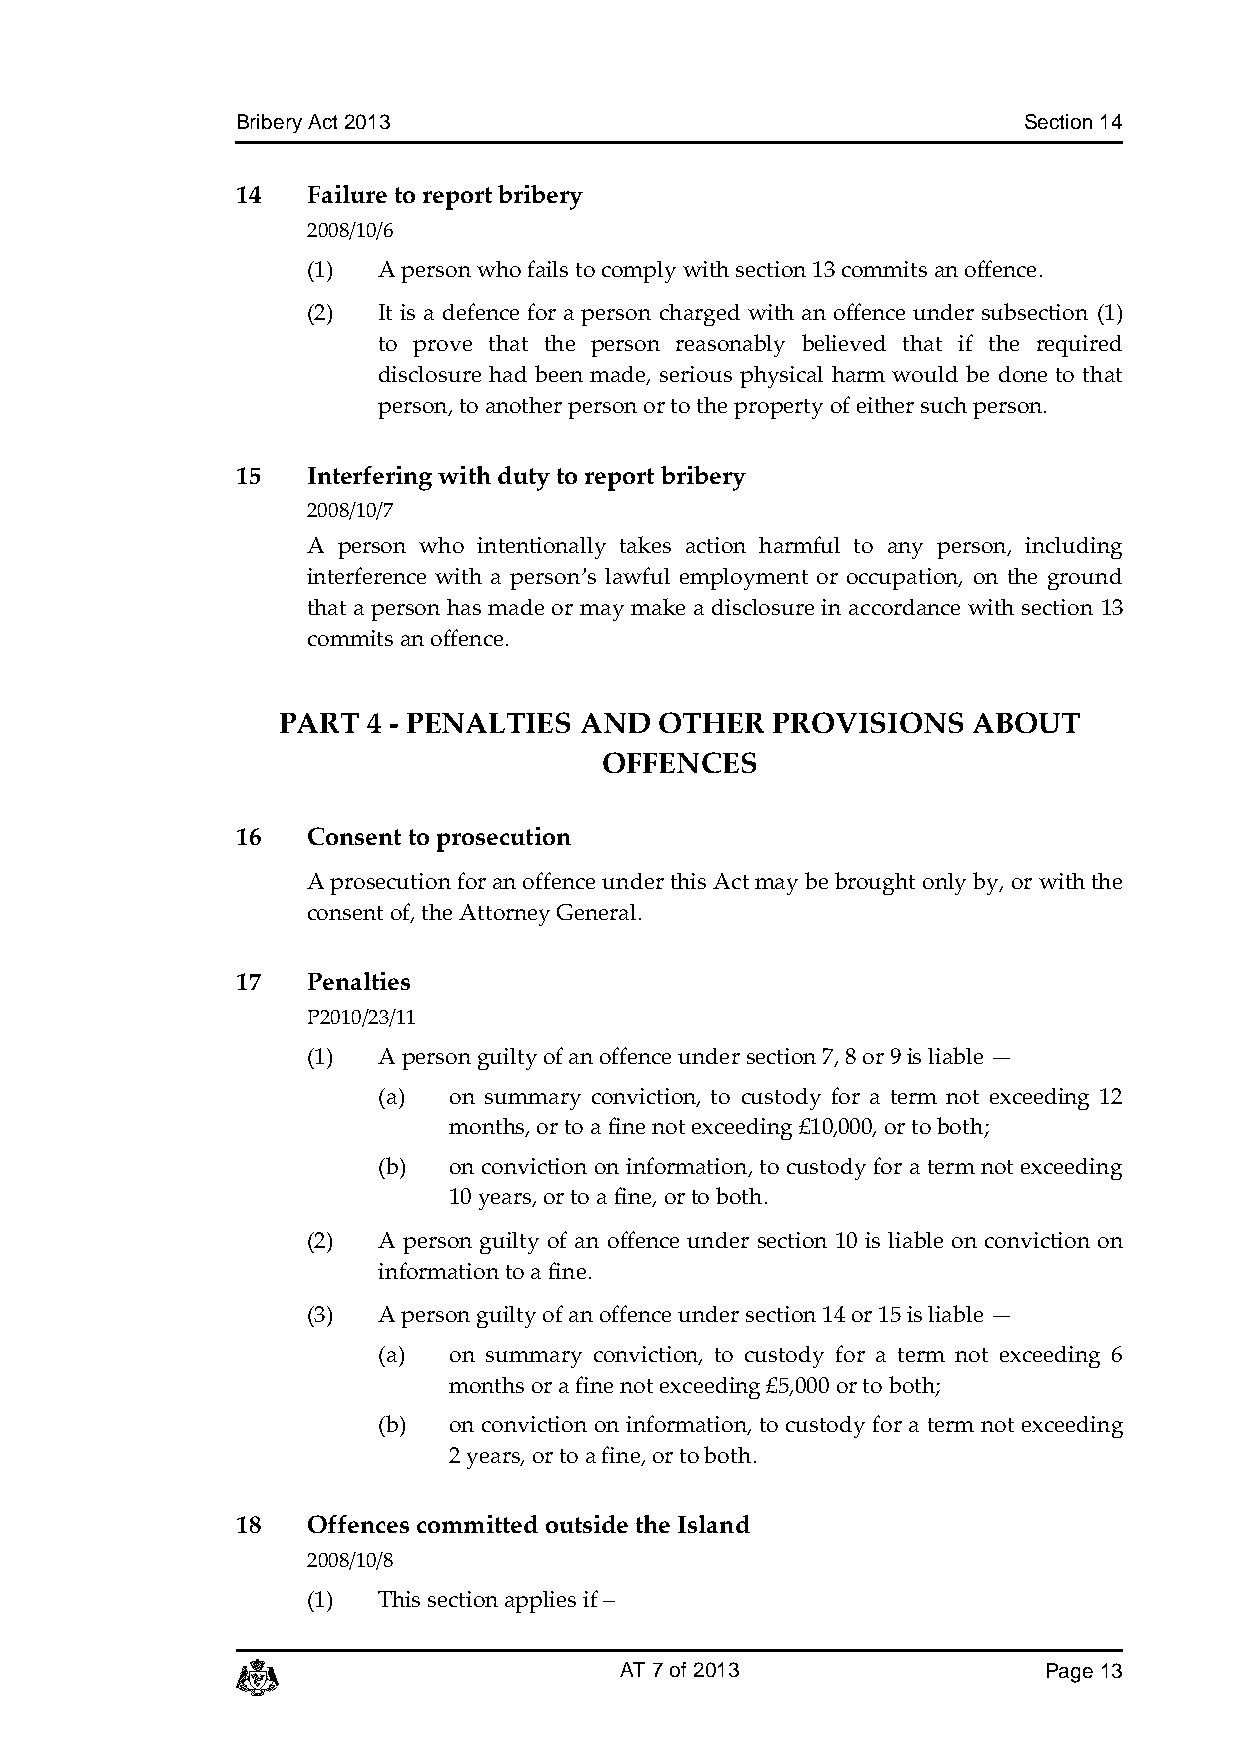
Bribery Act 2013                                    Section 14
 14  Failure to report bribery
 2008/10/6
 (1)  A person who fails to comply with section 13 commits an offence.
 (2)  It is a defence for a person charged with an offence under subsection (1)
 to prove that the person reasonably believed that if the required
 disclosure had been made, serious physical harm would be done to that
 person, to another person or to the property of either such person.
 15  Interfering with duty to report bribery
 2008/10/7
 A person who intentionally takes action harmful to any person, including
 interference with a person’s lawful employment or occupation, on the ground
 that a person has made or may make a disclosure in accordance with section 13
 commits an offence.
 PART  4 - PENALTIES AND   OTHER  PROVISIONS   ABOUT
 OFFENCES
 16  Consent to prosecution
 A prosecution for an offence under this Act may be brought only by, or with the
 consent of, the Attorney General.
 17  Penalties
 P2010/23/11
 (1)  A person guilty of an offence under section 7, 8 or 9 is liable —
 (a)  on summary conviction, to custody for a term not exceeding 12
 months, or to a fine not exceeding £10,000, or to both;
 (b)  on conviction on information, to custody for a term not exceeding
 10 years, or to a fine, or to both.
 (2)  A person guilty of an offence under section 10 is liable on conviction on
 information to a fine.
 (3)  A person guilty of an offence under section 14 or 15 is liable —
 (a)  on summary conviction, to custody for a term not exceeding 6
 months or a fine not exceeding £5,000 or to both;
 (b)  on conviction on information, to custody for a term not exceeding
 2 years, or to a fine, or to both.
 18  Offences committed outside the Island
 2008/10/8
 (1)  This section applies if –
 c                        AT 7 of 2013                Page 13